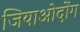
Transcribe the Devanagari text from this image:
जियाओदोंग